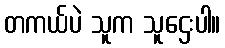
တကယ်ပဲ သူက သူဌေးပါ။